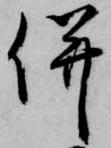
併